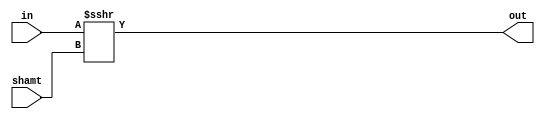
module arithmetic_right_shift ( // Arithmetic right shift
	input [15:0] in,
	input [3:0] shamt,
	output [15:0] out );
	assign out = $signed(in) >>> shamt;
endmodule